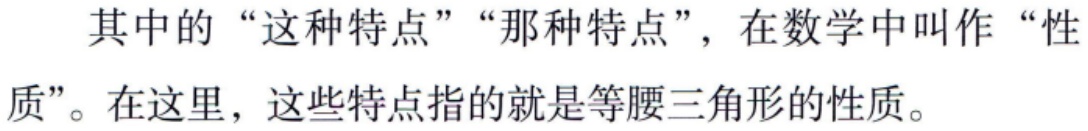
其中的“这种特点”“那种特点”，在数学中叫作“性质”。在这里，这些特点指的就是等腰三角形的性质。